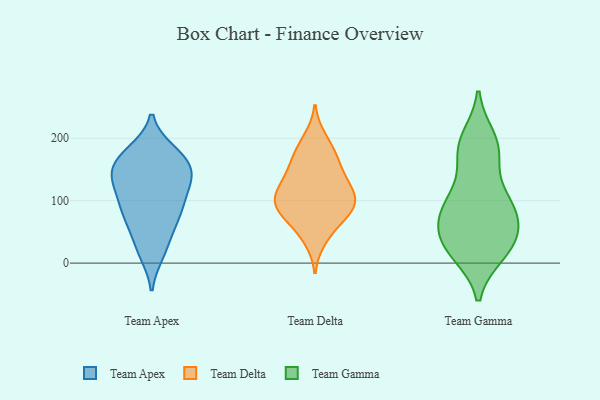
{"axis": {"x": "Budget (USD K)", "y": "Value"}, "legend": ["Team Apex", "Team Delta", "Team Gamma"], "data": [{"x": "", "y": 39, "type": "Team Apex"}, {"x": "", "y": 19, "type": "Team Apex"}, {"x": "", "y": 178, "type": "Team Apex"}, {"x": "", "y": 129, "type": "Team Apex"}, {"x": "", "y": 156, "type": "Team Apex"}, {"x": "", "y": 72, "type": "Team Apex"}, {"x": "", "y": 169, "type": "Team Apex"}, {"x": "", "y": 85, "type": "Team Apex"}, {"x": "", "y": 16, "type": "Team Apex"}, {"x": "", "y": 88, "type": "Team Apex"}, {"x": "", "y": 86, "type": "Team Apex"}, {"x": "", "y": 149, "type": "Team Apex"}, {"x": "", "y": 137, "type": "Team Apex"}, {"x": "", "y": 143, "type": "Team Apex"}, {"x": "", "y": 65, "type": "Team Apex"}, {"x": "", "y": 175, "type": "Team Apex"}, {"x": "", "y": 104, "type": "Team Apex"}, {"x": "", "y": 172, "type": "Team Apex"}, {"x": "", "y": 127, "type": "Team Apex"}, {"x": "", "y": 131, "type": "Team Apex"}, {"x": "", "y": 200, "type": "Team Delta"}, {"x": "", "y": 120, "type": "Team Delta"}, {"x": "", "y": 52, "type": "Team Delta"}, {"x": "", "y": 120, "type": "Team Delta"}, {"x": "", "y": 93, "type": "Team Delta"}, {"x": "", "y": 99, "type": "Team Delta"}, {"x": "", "y": 145, "type": "Team Delta"}, {"x": "", "y": 85, "type": "Team Delta"}, {"x": "", "y": 110, "type": "Team Delta"}, {"x": "", "y": 37, "type": "Team Delta"}, {"x": "", "y": 145, "type": "Team Delta"}, {"x": "", "y": 89, "type": "Team Delta"}, {"x": "", "y": 114, "type": "Team Delta"}, {"x": "", "y": 186, "type": "Team Delta"}, {"x": "", "y": 77, "type": "Team Delta"}, {"x": "", "y": 79, "type": "Team Delta"}, {"x": "", "y": 169, "type": "Team Delta"}, {"x": "", "y": 163, "type": "Team Delta"}, {"x": "", "y": 46, "type": "Team Gamma"}, {"x": "", "y": 68, "type": "Team Gamma"}, {"x": "", "y": 23, "type": "Team Gamma"}, {"x": "", "y": 95, "type": "Team Gamma"}, {"x": "", "y": 173, "type": "Team Gamma"}, {"x": "", "y": 21, "type": "Team Gamma"}, {"x": "", "y": 48, "type": "Team Gamma"}, {"x": "", "y": 43, "type": "Team Gamma"}, {"x": "", "y": 97, "type": "Team Gamma"}, {"x": "", "y": 200, "type": "Team Gamma"}, {"x": "", "y": 167, "type": "Team Gamma"}, {"x": "", "y": 104, "type": "Team Gamma"}, {"x": "", "y": 15, "type": "Team Gamma"}, {"x": "", "y": 15, "type": "Team Gamma"}, {"x": "", "y": 184, "type": "Team Gamma"}, {"x": "", "y": 85, "type": "Team Gamma"}, {"x": "", "y": 196, "type": "Team Gamma"}, {"x": "", "y": 66, "type": "Team Gamma"}, {"x": "", "y": 102, "type": "Team Gamma"}]}